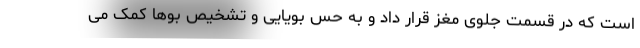
است که در قسمت جلوی مغز قرار داد و به حس بویایی و تشخیص بوها کمک می